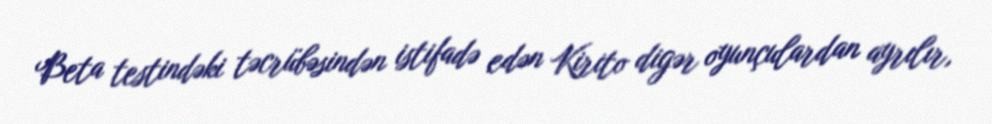
Beta testindəki təcrübəsindən istifadə edən Kirito digər oyunçulardan ayrılır,